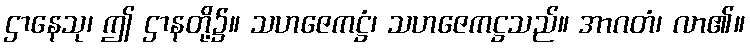
ဌာနေသု၊ ဤ ဌာနတို့၌။ သဟဇေကဋ္ဌံ၊ သဟဇေကဋ္ဌသည်။ အာဂတံ၊ လာ၏။